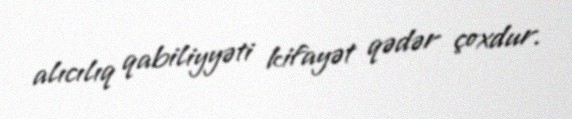
alıcılıq qabiliyyəti kifayət qədər çoxdur.